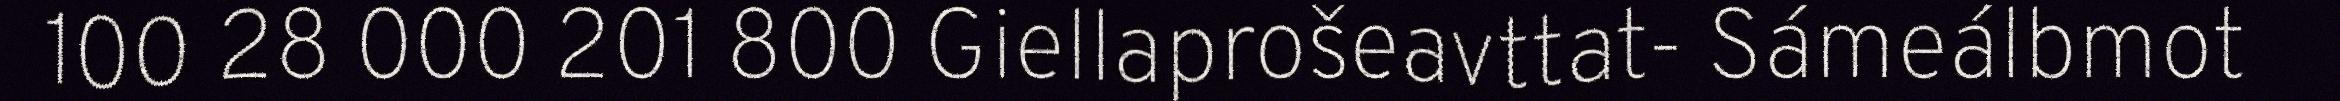
100 28 000 201 800 Giellaprošeavttat- Sámeálbmot